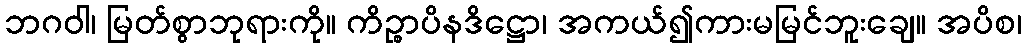
ဘဂဝါ၊ မြတ်စွာဘုရားကို။ ကိဉ္စာပိနဒိဋ္ဌော၊ အကယ်၍ကားမမြင်ဘူးချေ။ အပိစ၊